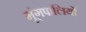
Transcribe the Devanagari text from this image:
मूंगफलियों